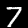
Digit: 7